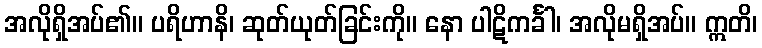
အလိုရှိအပ်၏။ ပရိဟာနိ၊ ဆုတ်ယုတ်ခြင်းကို။ နော ပါဋိကင်္ခါ၊ အလိုမရှိအပ်။ ဣတိ၊